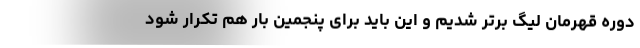
دوره قهرمان لیگ برتر شدیم و این باید برای پنجمین ‌بار هم تکرار شود